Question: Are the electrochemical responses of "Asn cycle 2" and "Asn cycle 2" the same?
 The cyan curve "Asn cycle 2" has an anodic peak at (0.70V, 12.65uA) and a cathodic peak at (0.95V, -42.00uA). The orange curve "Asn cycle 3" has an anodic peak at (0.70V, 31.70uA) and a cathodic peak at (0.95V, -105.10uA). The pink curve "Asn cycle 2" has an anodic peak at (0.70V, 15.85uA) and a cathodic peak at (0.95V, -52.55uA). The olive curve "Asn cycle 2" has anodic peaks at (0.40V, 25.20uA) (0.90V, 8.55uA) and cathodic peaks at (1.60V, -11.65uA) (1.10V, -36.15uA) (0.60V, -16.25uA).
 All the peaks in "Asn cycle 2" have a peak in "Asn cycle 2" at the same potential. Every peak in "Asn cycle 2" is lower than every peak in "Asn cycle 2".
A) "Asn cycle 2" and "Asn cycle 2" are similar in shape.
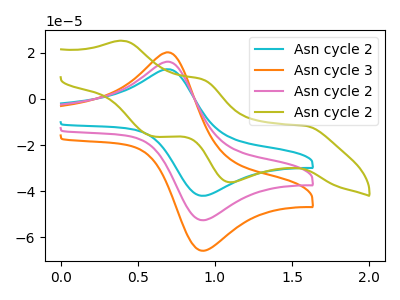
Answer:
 <answer>A) "Asn cycle 2" and "Asn cycle 2" are similar in shape.</answer>
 <eval>A</eval>